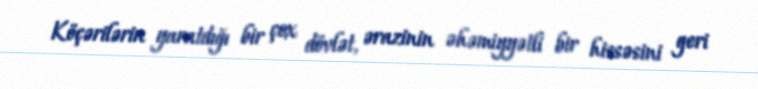
Köçərilərin yaratdığı bir çox dövlət, ərazinin əhəmiyyətli bir hissəsini geri